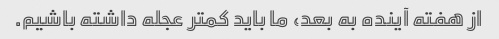
از هفته آینده به بعد، ما باید کمتر عجله داشته باشیم.